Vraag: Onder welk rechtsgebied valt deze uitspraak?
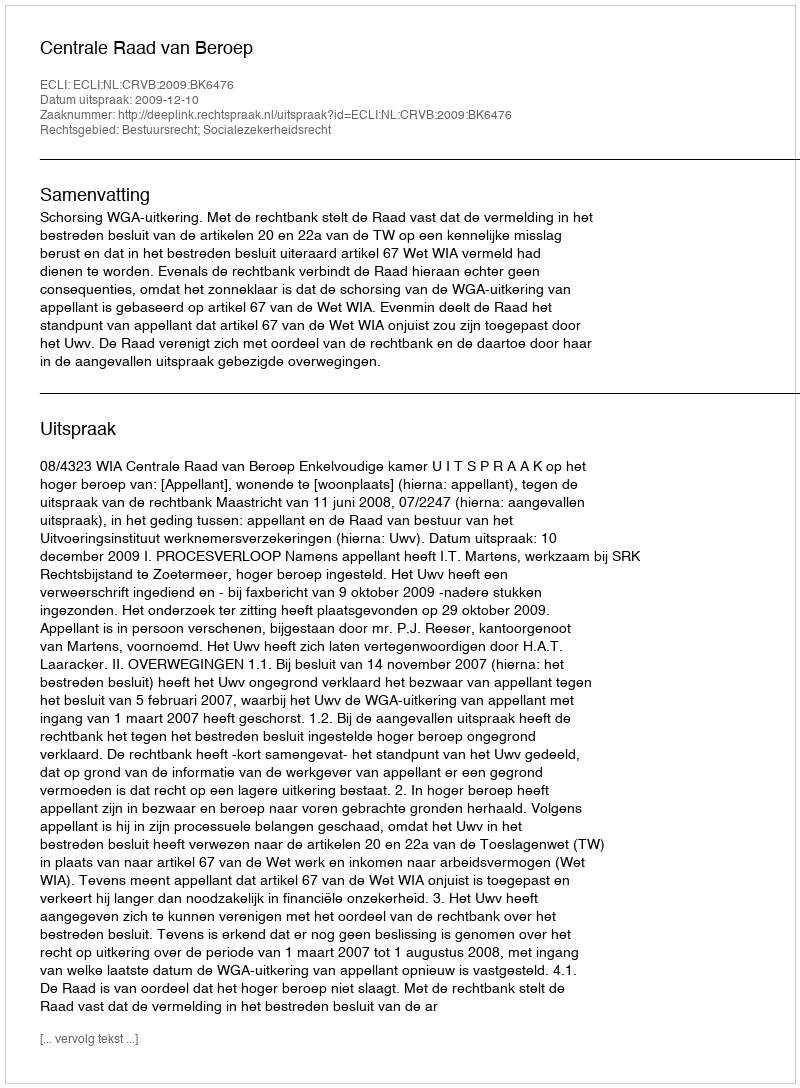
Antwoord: Bestuursrecht; Socialezekerheidsrecht